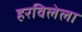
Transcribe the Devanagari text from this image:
हरविलेला